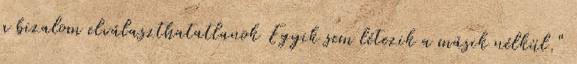
a bizalom elválaszthatatlanok Egyik sem létezik a másik nélkül."